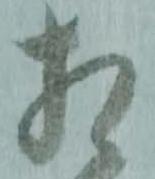
相